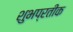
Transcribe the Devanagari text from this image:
शुभप्रतीक